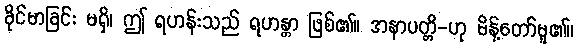
ခိုင်မာခြင်း မရှိ၊ ဤ ရဟန်းသည် ရဟန္တာ ဖြစ်၏။ အနာပတ္တိ-ဟု မိန့်တော်မူ၏။